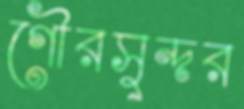
গৌরসুন্দর